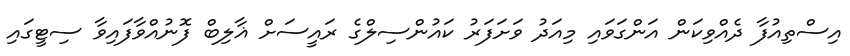
އިސްތިއުފާ ދެއްވިކަން އަންގަވައި މިއަދު ވަށަފަރު ކައުންސިލްގެ ރައީސަށް ޣާލިބް ފޮނުއްވާފައިވާ ސިޓީގައި